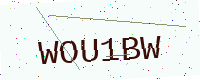
Text: WOU1BW